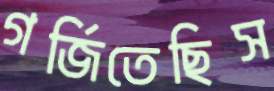
গর্জিতেছিস